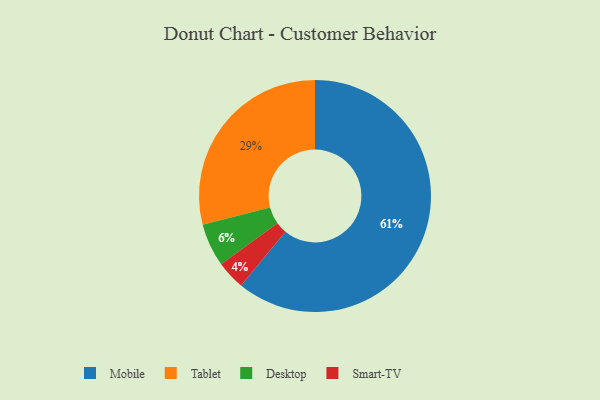
{"axis": {"x": "Category", "y": "Percentage"}, "legend": ["Desktop", "Mobile", "Smart-TV", "Tablet"], "data": [{"x": "Desktop", "y": 6, "type": "Desktop"}, {"x": "Mobile", "y": 61, "type": "Mobile"}, {"x": "Smart-TV", "y": 4, "type": "Smart-TV"}, {"x": "Tablet", "y": 29, "type": "Tablet"}]}